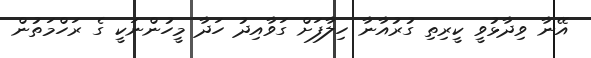
އޭނާ ވިދާޅުވީ ކީރިތި ގުރުއާނާ ހިލާފަށް ގަވާއިދު ހަދާ މީހުންނަކީ ގެ ރަހްމަތުން